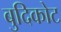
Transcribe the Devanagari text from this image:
बुदिकोट